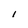
Character: l